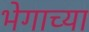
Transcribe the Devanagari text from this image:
भेगाच्या